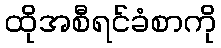
ထိုအစီရင်ခံစာကို